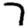
Digit: 7